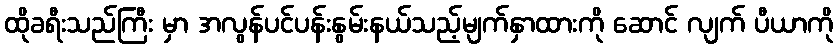
ထိုခရီးသည်ကြီး မှာ အလွန်ပင်ပန်းနွမ်းနယ်သည့်မျက်နှာထားကို ဆောင် လျက် ပီယာကို